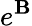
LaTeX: e^{\mathbf{B}}